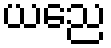
ယညေ